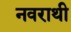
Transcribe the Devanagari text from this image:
नवराथी